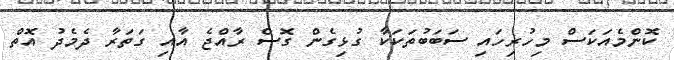
ކޮންމެއަކަސް މިހުރިހައި ސަބަބުތަކަކާ ގުޅިގެން ގޮސް ރާއްޖެ އާއި ގަތަރާ ދެމެދު އޮތް